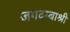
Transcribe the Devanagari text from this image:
जगदम्बाश्री